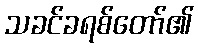
သခင်ခရစ်တော်၏